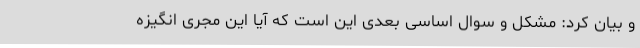
و بیان کرد: مشکل و سوال اساسی بعدی این است که آیا این مجری انگیزه